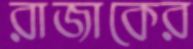
রাজাকের